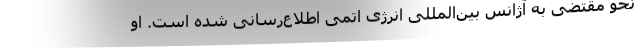
نحو مقتضی به آژانس بین‌المللی انرژی اتمی اطلاع‌رسانی شده است. او